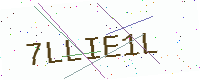
Text: 7LLIE1L